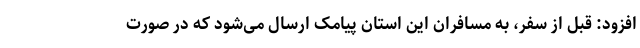
افزود: قبل از سفر، به مسافران این استان پیامک ارسال می‌شود که در صورت